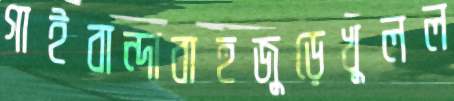
গাইবান্দাবাহুজুড়েখুলল